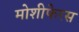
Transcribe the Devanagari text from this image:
मोशीफेरस